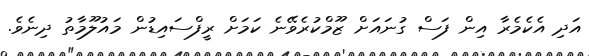
އަދި އެކެމެރާ އިން ފަސް ގުނައަށް ޒޫމްކުރެވޭނެ ކަމަށް ރީފްސައިޑުން މައުލޫމާތު ދިނެވެ.